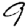
Digit: 9